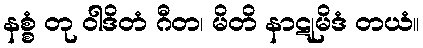
နစ္စံ တု ဝါဒိတံ ဂီတ၊ မိတိ နာဋုမိဒံ တယံ။